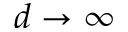
d \rightarrow \infty